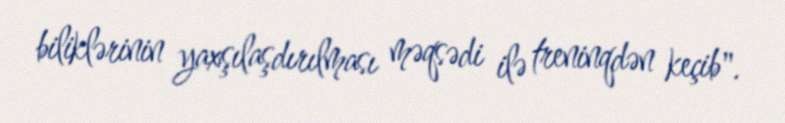
biliklərinin yaxşılaşdırılması məqsədi ilə treninqdən keçib".